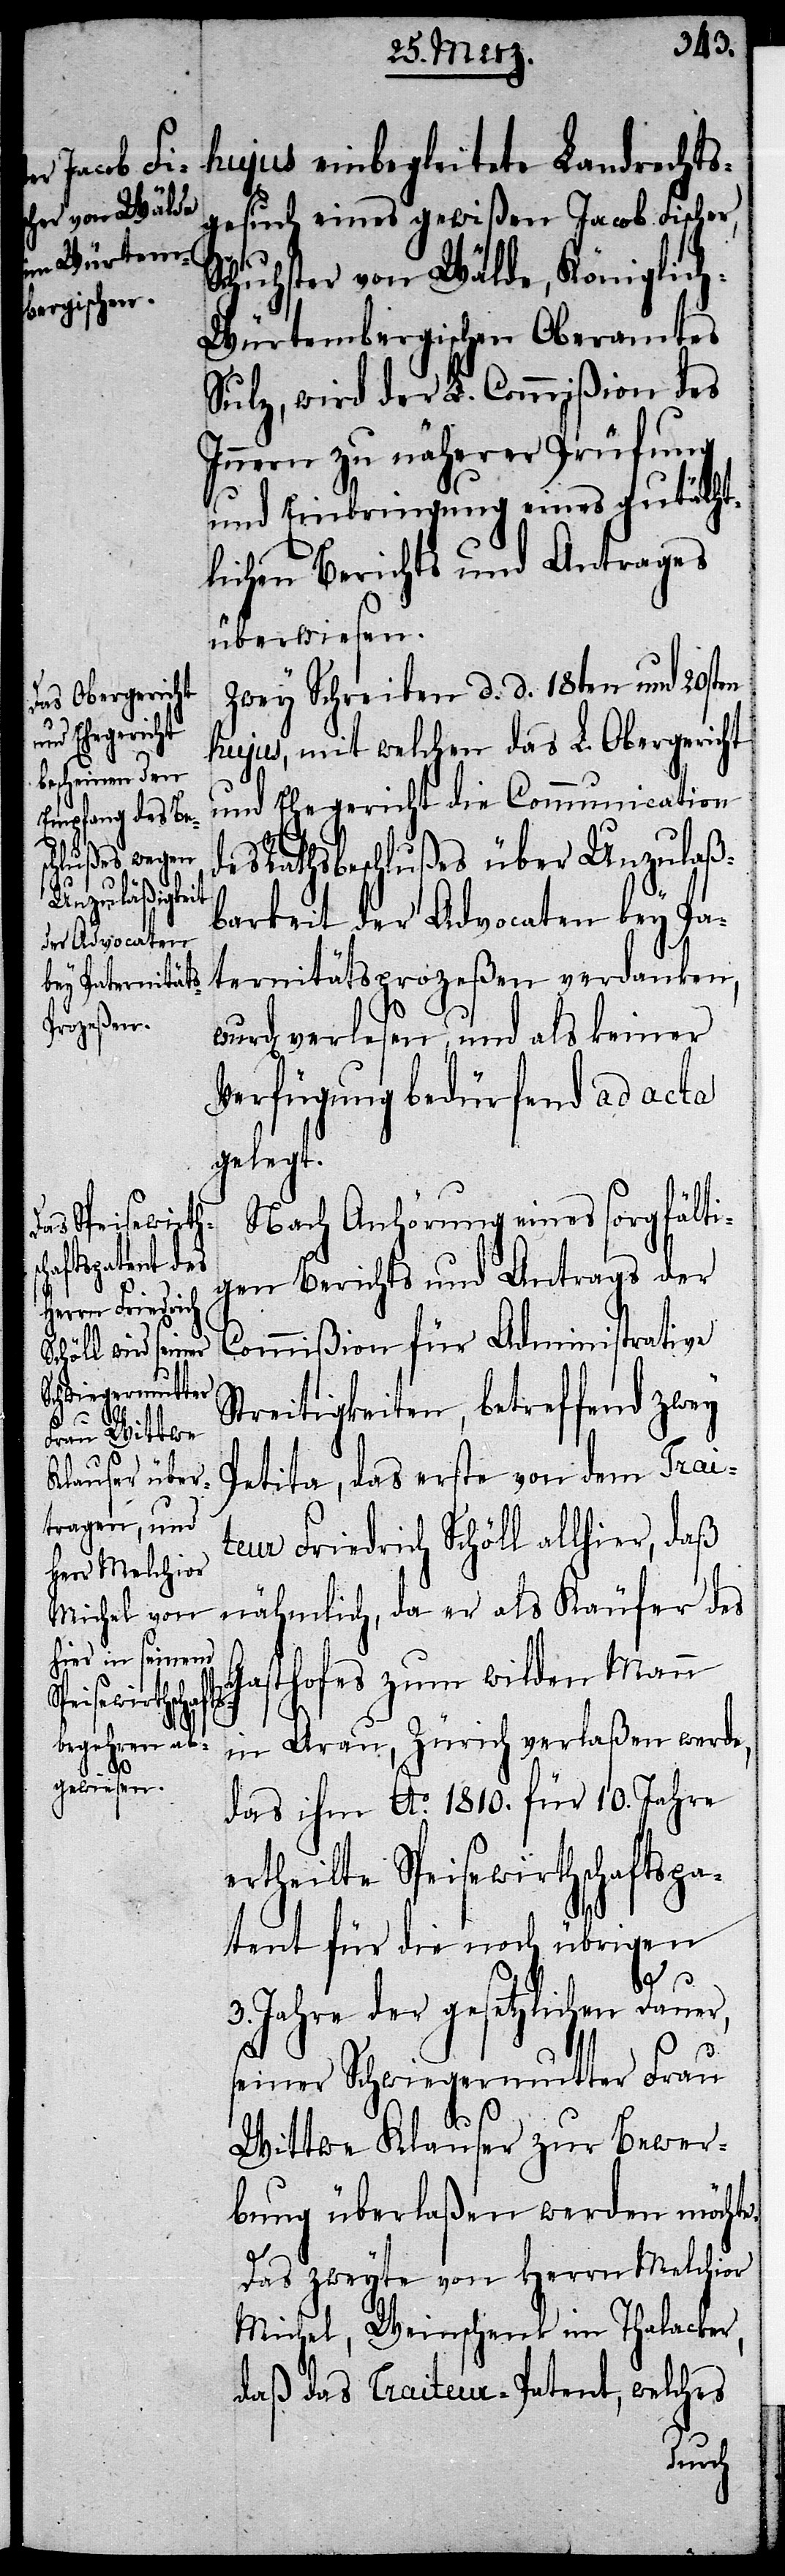
gesuch eines gewißen Jacob Fischer,
Schuhster von Wälde, Königlic¬
h-Würtembergischen Oberamtes
Sulz, wird der L. Commißion des
Innern zu näherer Prüfung
und Einbringung eines gutächt¬
lichen Berichts und Antrages
überwiesen.
Zwey Schreiben d. d. 18ten und 20sten
hujus, mit welchen das L. Obergericht
und Ehegericht die Communication
es Rathsbeschlußes über Unzulaß¬
einbegleitete
barkeit der Advocaten bey Pa¬
ternitätsprozeßen verdanken,
verlesen, und als keiner
Verfügung bedürfend ad acta
gelegt.
Nach Anhörung eines sorgfälti¬
gen Berichts und Antrags der
Commißion für Administrative
Streitigkeiten, betreffend zwey
Petita, das erste von dem Trai¬
teur Friedrich Schöll allhier, daß
nähmlich, da er als Käufer des
Gasthofes zum wilden Mann
d¬
Landrechts¬
in Arau, Zürich verlaßen werde,
das ihm Ao. 1810. für 10. Jahre
ertheilte Speisewirthschaftspa¬
tent für die noch übrigen
3. Jahre der gesetzlichen Dauer,
seiner Schwiegermutter Frau
Wittwe Klauser zur Bewer¬
bung überlaßen werden möchte.
Das zweyte von Herrn Melchior
Michel, Weinschenk im Thalacker,
daß das Traiteur-Patent, welches